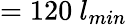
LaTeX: =120~l_{min}